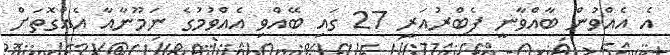
އެ އެއްވުން ބާއްވާނީ ފެބްރުއަރީ 27 ގައި ބޭއްވި އެއްވުމުގެ ނަމޫނާއާ އެއްގޮތަށް